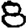
Digit: 8